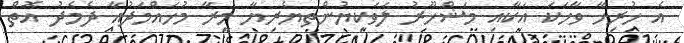
އެ ހުރިހާ ވާހަކަ އަކާއި މަޝްހޫރު ލަވަކިޔުންތޔެރިޔާ މީރާ މުހައްމަދުއާ ދެމެދު އޮތް